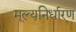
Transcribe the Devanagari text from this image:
मूल्‍यनिर्धारण